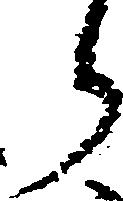
ら